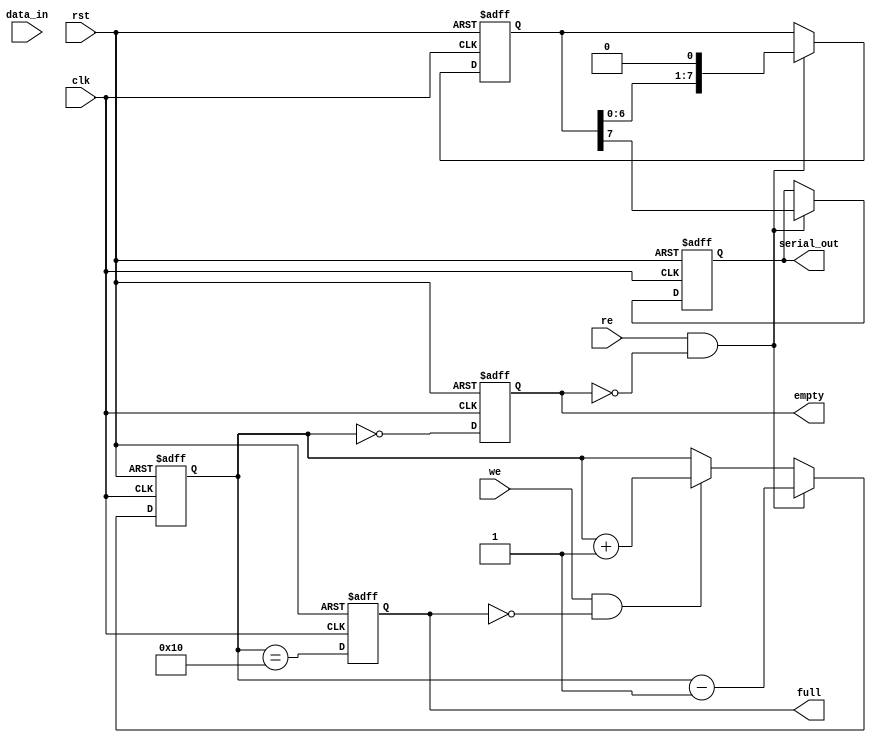
module fifo_piso #(
    parameter N = 8,        // Width of the data
    parameter DEPTH = 16    // Depth of the FIFO
)(
    input wire clk,         // Clock signal
    input wire rst,         // Asynchronous reset
    input wire we,          // Write enable
    input wire re,          // Read enable
    input wire [N-1:0] data_in, // Parallel input data
    output reg serial_out,   // Serial output
    output reg full,         // FIFO full flag
    output reg empty         // FIFO empty flag
);

    // Internal signals
    reg [N-1:0] fifo_mem [0:DEPTH-1]; // FIFO memory
    reg [$clog2(DEPTH)-1:0] write_ptr; // Write pointer
    reg [$clog2(DEPTH)-1:0] read_ptr;  // Read pointer
    reg [N-1:0] shift_reg; // Shift register to hold the data for serial output
    reg [N-1:0] count; // Count of elements in FIFO

    // Asynchronous reset
    always @(posedge clk or posedge rst) begin
        if (rst) begin
            write_ptr <= 0;
            read_ptr <= 0;
            count <= 0;
            full <= 0;
            empty <= 1;
            serial_out <= 0;
            shift_reg <= 0;
        end else begin
            // Update full and empty flags
            full <= (count == DEPTH);
            empty <= (count == 0);

            // Write logic
            if (we && !full) begin
                fifo_mem[write_ptr] <= data_in;
                write_ptr <= (write_ptr + 1) % DEPTH;
                count <= count + 1;
            end

            // Read logic
            if (re && !empty) begin
                shift_reg <= fifo_mem[read_ptr];
                read_ptr <= (read_ptr + 1) % DEPTH;
                count <= count - 1;
                serial_out <= shift_reg[N-1]; // Output the MSB for serial
            end

            // Shift out serially
            if (re && !empty) begin
                serial_out <= shift_reg[N-1]; // Output the MSB for serial
                shift_reg <= {shift_reg[N-2:0], 1'b0}; // Shift left
            end
        end
    end
endmodule